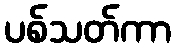
ပစ်သတ်ကာ